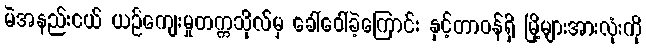
မဲအနည်းငယ် ယဉ်ကျေးမှုတက္ကသိုလ်မှ ခေါ်ဝေါ်ခဲ့ကြောင်း နှင့်တာဝန်ရှိ မြို့များအားလုံးကို